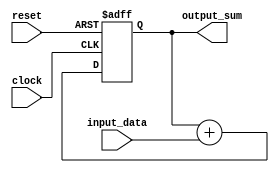
module parallel_accumulator (
    input wire clock,
    input wire reset,
    input wire [31:0] input_data,
    output wire [31:0] output_sum
);

reg [31:0] sum;

always @(posedge clock or posedge reset) begin
    if (reset) begin
        sum <= 0;
    end else begin
        sum <= sum + input_data;
    end
end

assign output_sum = sum;

endmodule